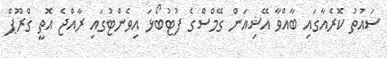
ސައުތު ކޮރެއާގައި ބާއްވާ އޭޝިއަން ގޭމްސްގެ ފުޓުބޯޅަ އިވެންޓުގައި ރާއްޖެ އޮތީ ގްރޫޕް